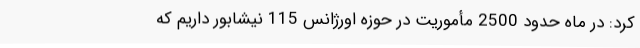
کرد: در ماه حدود 2500 مأموریت در حوزه اورژانس 115 نیشابور داریم که